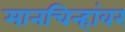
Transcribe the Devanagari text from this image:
मानचिन्हांवर